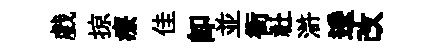
戲掠療佳即並衙社滸逶改